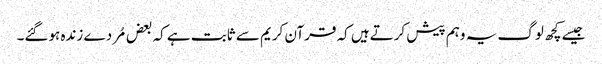
جیسے کچھ لوگ یہ وہم پیش کرتےہیں کہ قرآن کریم سے ثابت ہے کہ بعض مُردے زندہ ہوگئے۔